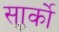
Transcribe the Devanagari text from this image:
सार्को